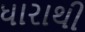
ધારાથી